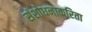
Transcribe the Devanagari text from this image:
संशोधनाकरिता